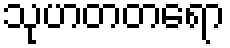
သုဟတတရော